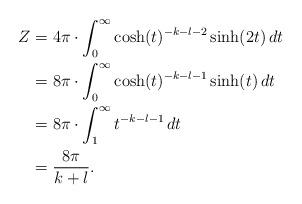
LaTeX: \begin{align*} Z & = 4 \pi \cdot \int_0^\infty \cosh(t)^{-k-l-2} \sinh(2t) \, dt \\ & = 8 \pi \cdot \int_0^{\infty} \cosh(t)^{-k-l-1} \sinh(t) \, dt \\ & = 8 \pi \cdot \int_1^{\infty} t^{-k-l-1} \, dt \\ & = \frac{8 \pi}{k+l}.\end{align*}